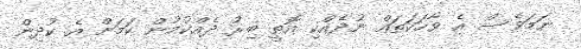
ނަމަވެސް އެ ވާހަކަތައް ނުދެއްކި އޮތީ ބިރު ދެއްކުމުން ކަމަށް އެ ކުދިން